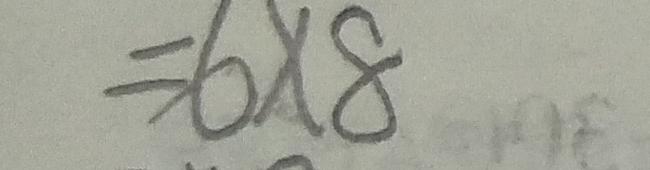
= 6 \times 8